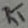
Text: RT